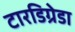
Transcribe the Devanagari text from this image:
टारडिग्रेडा